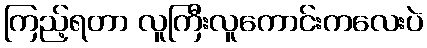
ကြည့်ရတာ လူကြီးလူကောင်းကလေးပဲ